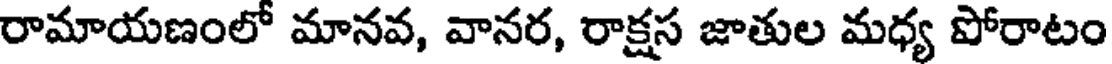
రామాయణంలో మానవ, వానర, రాక్షస జాతుల మధ్య పోరాటం